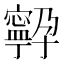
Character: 𭔤